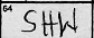
Transcription: SHW